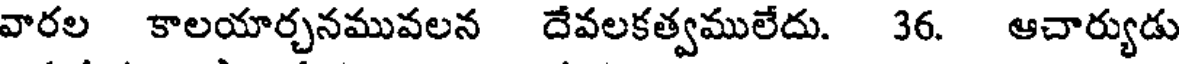
వారల కాలయార్చనమువలన దేవలకత్వములేదు. 36. ఆచార్యుడు